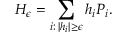
H _ { \epsilon } = \sum _ { i : \, | h _ { i } | \geq \epsilon } h _ { i } P _ { i } .